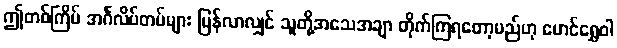
ဤတစ်ကြိမ် အင်္ဂလိပ်တပ်များ ပြန်လာလျှင် သူတို့အသေအချာ တိုက်ကြရတော့မည်ဟု မောင်ရွှေဝါ